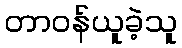
တာဝန်ယူခဲ့သူ